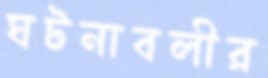
ঘটনাবলীর